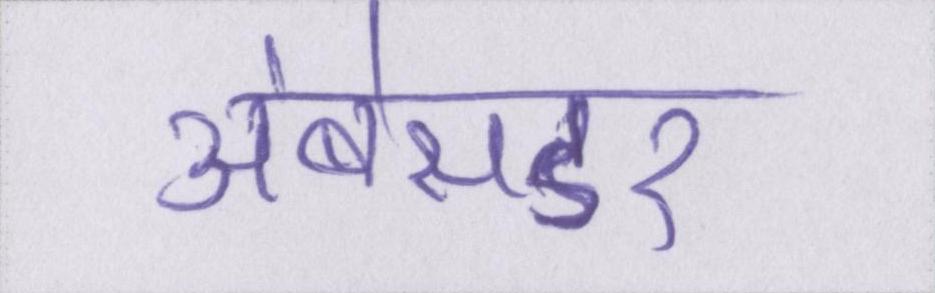
अंबेसडर